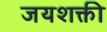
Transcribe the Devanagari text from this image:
जयशक्ती